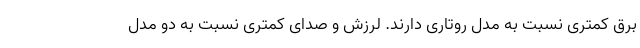
برق کمتری نسبت به مدل روتاری دارند. لرزش و صدای کمتری نسبت به دو مدل